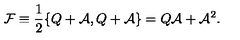
\mathcal { F } \equiv \frac { 1 } { 2 } \{ Q + \mathcal { A } , Q + \mathcal { A } \} = Q \mathcal { A } + \mathcal { A } ^ { 2 } .